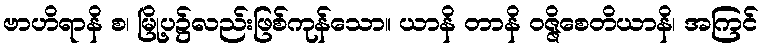
ဗာဟိရာနိ စ၊ မြို့ပ၌လည်းဖြစ်ကုန်သော။ ယာနိ တာနိ ဝဇ္ဇိစေတိယာနိ၊ အကြင်